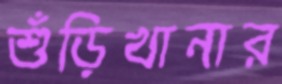
শুঁড়িখানার